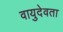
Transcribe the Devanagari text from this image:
वायुदेवता